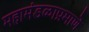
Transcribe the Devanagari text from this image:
महामंडळाप्रमाणे